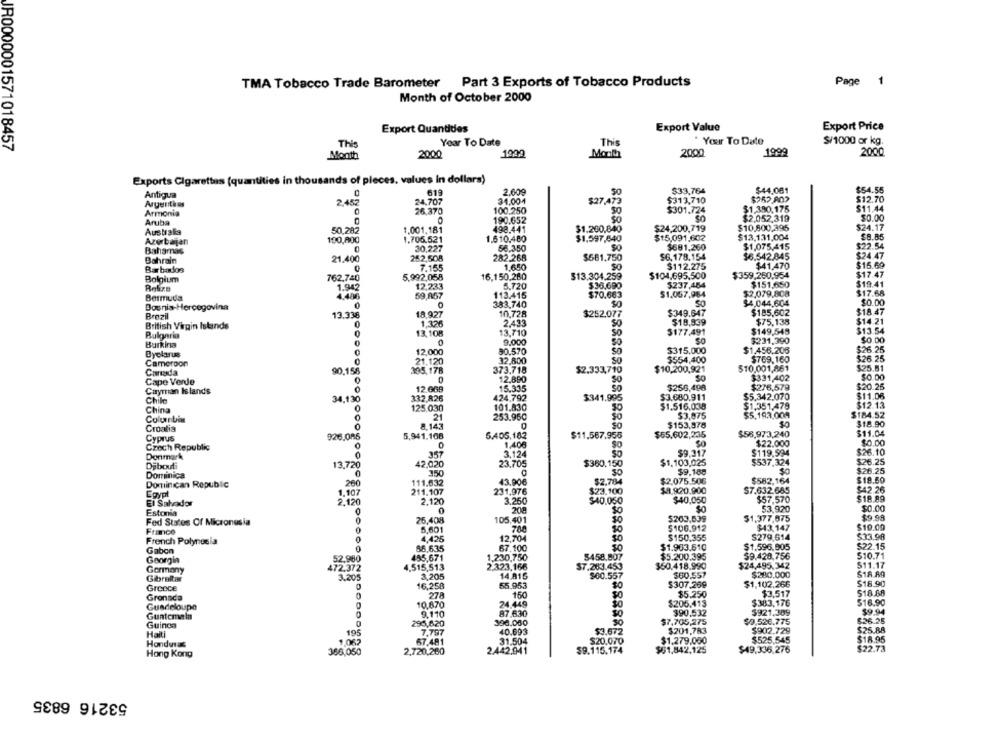
TMA Tobacco Trade Barometer Part 3 Exports of Tobacco Products
Page 1
Month of October 2000
Export Value
Export Price
Export Quantides
Year To Date
This
Your To Date
$/1000 or kg.
IR0000001571018457
This
Month
2000
1902
Month
2000
1999
2000
Exports Cigarettes (quantities in thousands of pieces, values In dollars)
Antigua
C
619
2.609
$33,764
$44.081
$54.55
24,707
31.004
$27,473
$313,710
$252.802
$12.70
Argentins
2,452
$1.380,176
$11.44
Armonia
0
76.370
100.250
$301.724
Aruba
190.652
$2.052.319
$0.00
Australia
50,282
1.001,181
498.441
$1.260,840
$24,200.719
$10,800,395
$24.17
1.706.521
1.610.480
$1,597,840
$15.091,602
$13.131,004
$8.85
Azerbaijan
100,800
$1,075,415
$22.54
Bahamas
30,227
56.350
$681,260
Bahrain
21.400
252,508
282.268
$561.750
$6.178.154
$6.542.845
$24.47
Barbados
7.155
1.650
SO
$112.275
$41.470
$15.69
16,150,280
$104,695,500
$359,250,954
$17.47
Bolgium
762.740
5.992,058
$13.304.259
$151.650
$19.41
1.942
12,233
5.720
$36.690
$237,484
Bermuda
4,486
59,857
113.415
$70.663
$1.057,984
$2,079,808
$17.68
0
0
383,740
SO
SO
$4.044.604
$0.00
Bosnia-Hercegovina
$349.847
$185,602
$18.47
Brazil
13.338
18 927
10,728
$252.077
$19,939
$14.21
British Virgin Islands
1,326
2,433
$75,138
13,108
13,710
$177.491
$149,549
$13.54
9.000
$231,390
$0.00
Burkina
$1,456.206
$26.25
Dyolanus
12,000
90.570
$315.000
Cameroon
0
21.120
32,800
$554,400
$769,160
$26.25
Canada
90,156
305.178
373,718
$2.333,710
$10,200,921
$10.001,861
$25.81
12.890
$331,402
$0.00
Cape Verde
0
0
$256,498
$276,579
$20.25
Cayman Islands
0
12.6GB
15.335
Chik
34,130
332,826
424,792
$341.995
$3.680.911
$5,342.070
$11.06
0
125,030
101.830
$1.516,038
$1.351,478
$12.13
China
21
253.950
$3,875
$5,193,009
$184.52
Columnbix
$153,878
$18.90
Croalia
8.14.3
Cyprus
926.086
5,941,108
5.405,182
$11.567.955
$65,602,235
$56,973,240
$11.04
Czech Republic
0
1,406
$22.000
$0.00
3.124
$9.317
$119.594
$26.10
Denmark
0
357
$1,103,025
$537.324
$26.25
Dibouti
13,720
42,020
23,705
$360,150
Dominica
350
$9,188
$0
$26.25
Dominican Republic
260
111.632
43.90€
$2.704
$2.075.506
$582.164
$18.50
$23.100
$9.920,900
S7.632.685
$42.26
Egypt
211.107
231.976
$57.570
$18.89
El Salvador
2.120
2.120
3.260
$40.050
$40,050
Estonia
0
20
So
$0
$3,920
$0.00
0
25,408
105.401
$263,539
$1,377,675
$9.98
Fed States Of Micronesia
$106.912
$43.147
$19.00
France
0
5,601
700
50
S279.614
French Polynesia
4,425
12,704
$150.355
$33.98
Gabon
0
86,635
67.100
$0
$1.963.610
$1.596,905
$22.15
52.980
435,671
1.230,750
$458.807
$5.200.395
$9.428.756
$10.71
Georgin
2.323,166
$24,495,342
511.17
Germany
472,372
4,515,513
$7.263.453
$50.418.990
Gibraltar
3.205
3,205
14.815
$60.557
$60.557
$230.000
$18.89
Greece
16,258
55.953
$307.269
$1,102.266
$18.90
0
150
$5.250
$3,517
$18.68
Gronada
278
$205.413
$383,176
$16.90
Guadeloupe
10,870
24.449
$0
Guatemala
9,110
87.630
390,532
$921,309
$9.94
Guinca
296,620
396.060
50
$7,705,275
$0,526.775
$26.25
195
40.693
$3.672
$201,783
$902.729
$25.88
Haiti
7.797
$1.279.000
$525.545
$18.95
Honduras
1.062
67.481
31.504
$20,070
Hong Kong
366,050
2,720,260
2.442.941
$9.115.174
$51,842,125
$49.336,276
$22.73
53216 6835